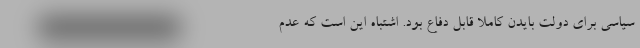
سیاسی برای دولت بایدن کاملاً قابل دفاع بود. اشتباه این است که عدم